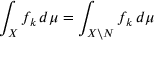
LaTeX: \int _ { X } f _ { k } \, d \mu = \int _ { X \setminus N } f _ { k } \, d \mu